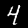
Label: 4